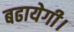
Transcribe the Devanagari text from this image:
बढायेगी।